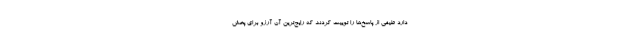
دارد طیفی از پاسخ‌ها را توییت کردند که رایج‌ترین آن آرزو برای پخش